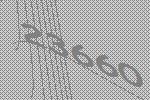
23660